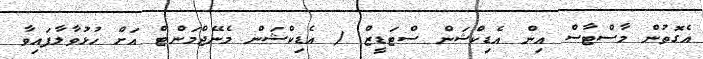
އެގޮތުން މާސްޓާސް އިން އެޑިކްޝަން ސްޓަޑީޒް / އެޑިކްޝަން މެނޭޖްމަންޓް އަށް ހުޅުވާލާފައިވާ